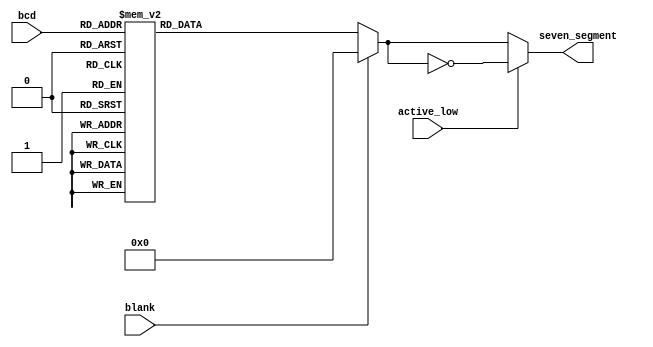
module bcd2seg (
	input			[3:0]	bcd,
	input					blank,
	input					active_low,
	output reg	[6:0]	seven_segment
);

	always @ (bcd or blank or active_low) begin
		seven_segment = 7'b000_0000 ;
		case (bcd)
			0: seven_segment = 7'b0111111;
			1: seven_segment = 7'b0000110;
			2: seven_segment = 7'b1011011;
			3: seven_segment = 7'b1001111;
			4: seven_segment = 7'b1100110;
			5: seven_segment = 7'b1101101;
			6: seven_segment = 7'b1111101;
			7: seven_segment = 7'b0000111;
			8: seven_segment = 7'b1111111;
			9: seven_segment = 7'b1100111;
			default: seven_segment = 7'b0000000;
		endcase 
		if (blank == 1'b1) 			seven_segment = 7'b0000000 ;
		if (active_low == 1'b1) 	seven_segment = ~seven_segment ;
	end

endmodule